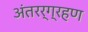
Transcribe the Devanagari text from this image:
अंतरर्ग्रहण